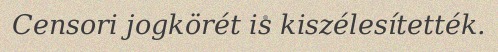
Censori jogkörét is kiszélesítették.